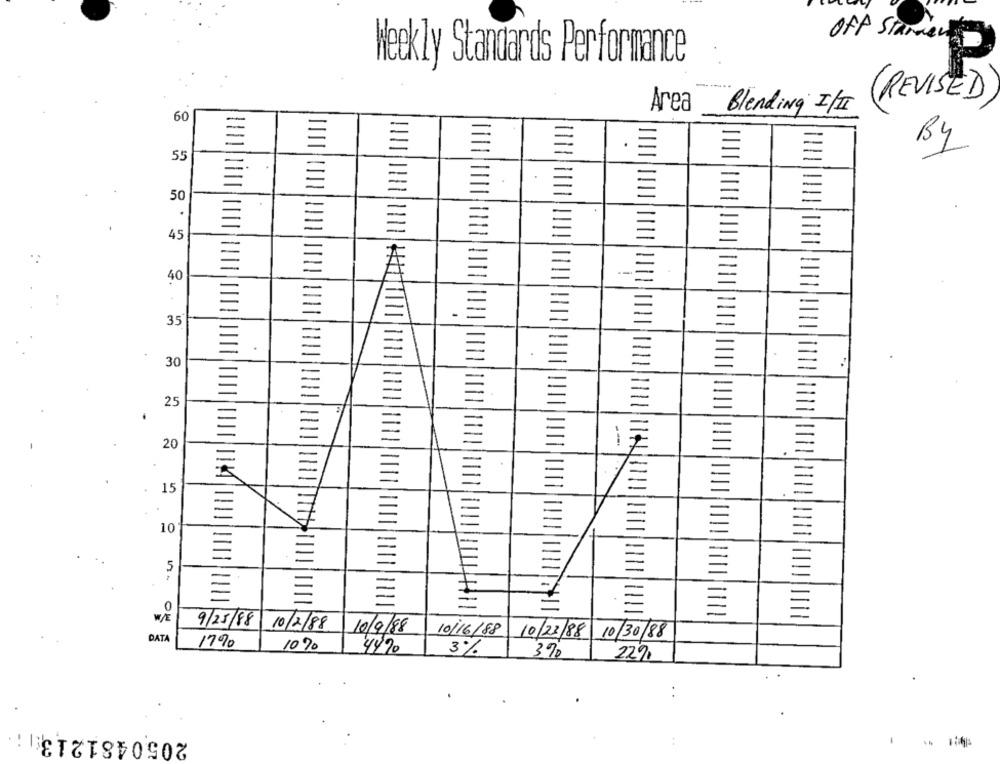
Off Starden
Weekly Standards Performance
-**
(REVISED
Area
Blending I / II
60
By
55
50
45
-
40
35
30
25
20
15
10
5
0
W/E
9/25/88 10/2/88
10/9/88
10/16/88
10/23/88 10/30/88
DATA
17%
10%
4490
3%
390
22%
. .
2050481213;